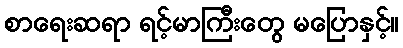
စာရေးဆရာ ရင့်မာကြီးတွေ မပြောနှင့်။